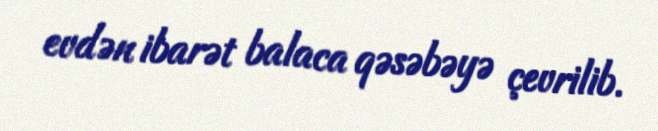
evdən ibarət balaca qəsəbəyə çevrilib.